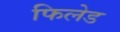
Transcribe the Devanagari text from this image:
फिलेड